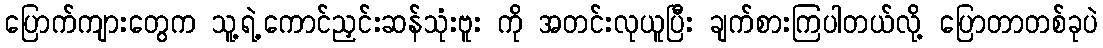
ပြောက်ကျားတွေက သူ့ရဲ့ကောင်ညှင်းဆန်သုံးဗူး ကို အတင်းလုယူပြီး ချက်စားကြပါတယ်လို့ ပြောတာတစ်ခုပဲ